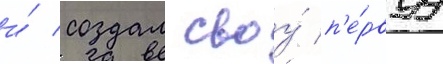
и́ создал своу́ п'е́рвуу